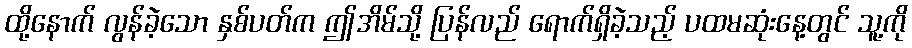
ထို့နောက် လွန်ခဲ့သော နှစ်ပတ်က ဤအိမ်သို့ ပြန်လည် ရောက်ရှိခဲ့သည့် ပထမဆုံးနေ့တွင် သူ့ကို